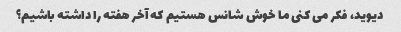
دیوید، فکر می کنی ما خوش شانس هستیم که آخر هفته را داشته باشیم؟